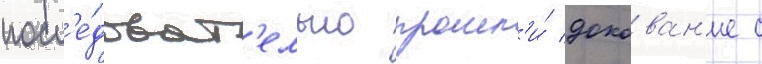
посл'е́доват'ельно прошл'и́ докован'ие с